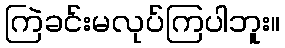
ကြဲခင်းမလုပ်ကြပါဘူး။